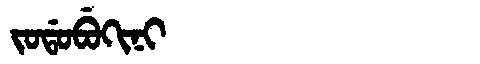
Manchu: ᠵᠣᡩᠣᠪᡠᡴᡳᠨᡳ
Romanization: JODOBUKINI